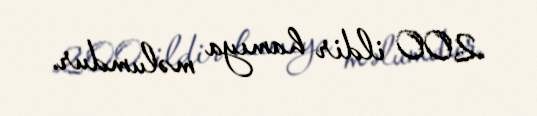
200 ildir hamıya məlumdur.